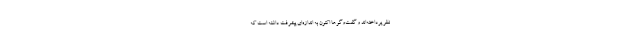
نظر پرداخته‌اند و گفت‌وگوها اکنون به اندازه‌ای پیشرفت داشته است که